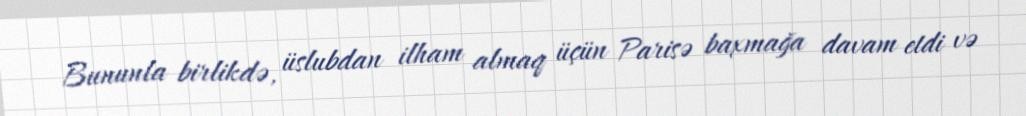
Bununla birlikdə, üslubdan ilham almaq üçün Parisə baxmağa davam etdi və